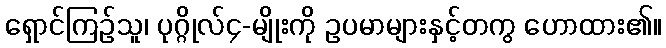
ရှောင်ကြဉ်သူ၊ ပုဂ္ဂိုလ်၄-မျိုးကို ဥပမာများနှင့်တကွ ဟောထား၏။